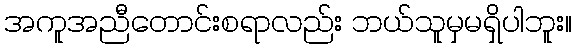
အကူအညီတောင်းစရာလည်း ဘယ်သူမှမရှိပါဘူး။